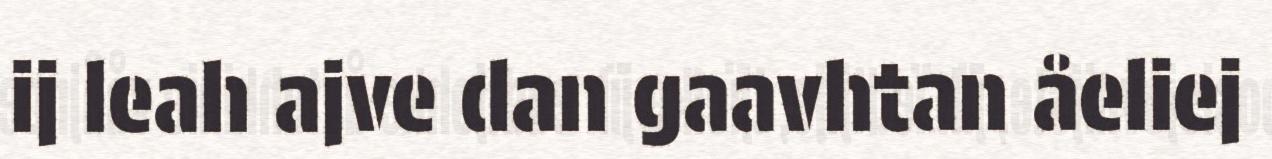
ij leah ajve dan gaavhtan åeliej